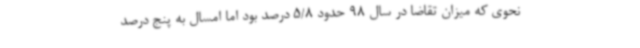
نحوی که میزان تقاضا در سال 98 حدود 5/8 درصد بود اما امسال به پنج درصد